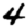
Digit: 4